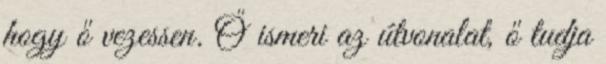
hogy ő vezessen. Ő ismeri az útvonalat, ő tudja